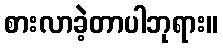
စားလာခဲ့တာပါဘုရား။